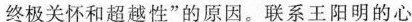
终极关怀和超越性”的原因。联系王阳明的心